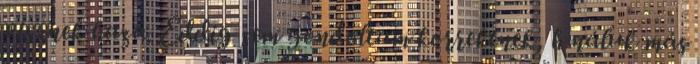
visznek haza. Eddig sem gondoltam korrektnek, h náluk más